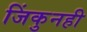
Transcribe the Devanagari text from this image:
जिंकुनही